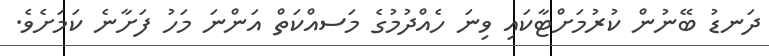
ދަނޑު ބޭނުން ކުރުމަށްޓާކައި ވިނަ ހެއްދުމުގެ މަަސއްކަތް އަންނަ މަހު ފަށާނެ ކަމަށެވެ.